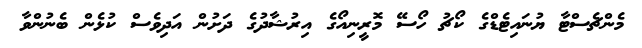
މެންޗެސްޓާ ޔުނައިޓެޑްގެ ކޯޗު ހޯސޭ މޮރީނިއޯގެ އިރުޝާދުގެ ދަށުން އަދިވެސް ކުޅެން ބެނުންވާ